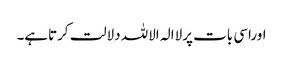
اوراسی بات پرلاالہ الاللہ دلالت کرتاہے۔